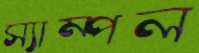
স্যাম্পল